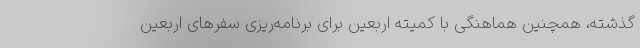
گذشته، همچنین هماهنگی با کمیته اربعین برای برنامه‌ریزی سفرهای اربعین